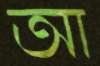
আ